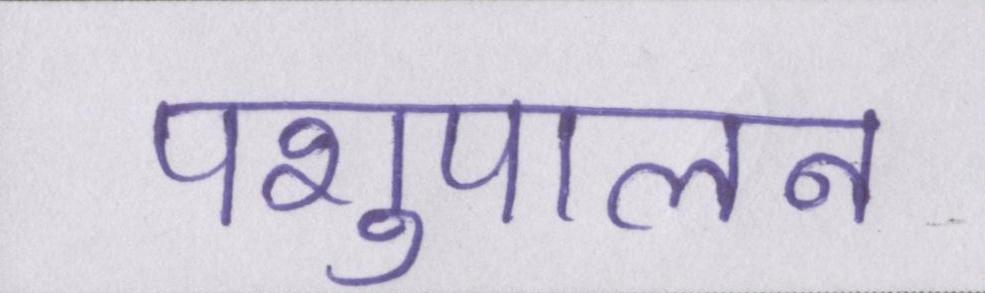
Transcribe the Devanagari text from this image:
पशुपालन